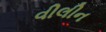
વીલીન